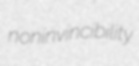
noninvincibility